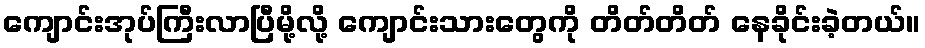
ကျောင်းအုပ်ကြီးလာပြီမို့လို့ ကျောင်းသားတွေကို တိတ်တိတ် နေခိုင်းခဲ့တယ်။